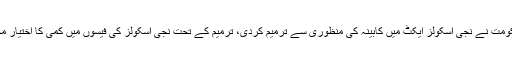
تفصیلات کے مطابق سندھ حکومت نے نجی اسکولز ایکٹ میں کابینہ کی منظوری سے ترمیم کردی، ترمیم کے تحت نجی اسکولز کی فیسوں میں کمی کا اختیار محکمہ تعلیم کو دے دیا گیا ہے۔